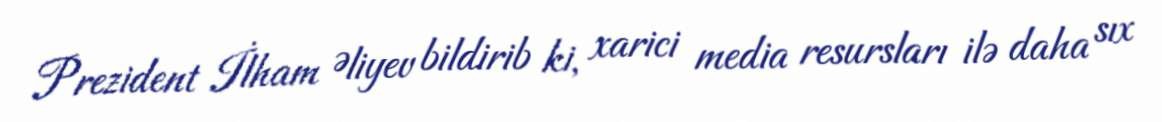
Prezident İlham Əliyev bildirib ki, xarici media resursları ilə daha sıx